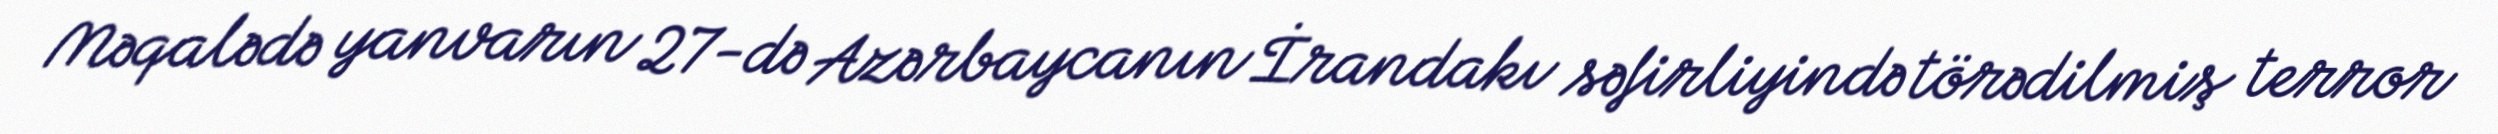
Məqalədə yanvarın 27-də Azərbaycanın İrandakı səfirliyində törədilmiş terror